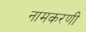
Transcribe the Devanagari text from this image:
नामकरणी